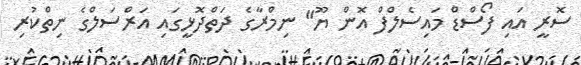
ސޮރީ އައި ފޯސްޑް މައިސެލްފް އޮން ޔޫ" ނިމްރާގެ ދަތްދޮޅީގައި އަރްސަލްގެ ނިތްކުރި